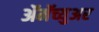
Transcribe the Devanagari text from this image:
ॲमॅच्युअर